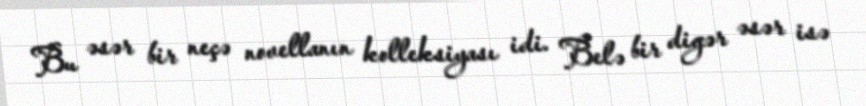
Bu əsər bir neçə novellanın kolleksiyası idi. Belə bir digər əsər isə